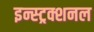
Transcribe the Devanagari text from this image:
इन्स्ट्रक्शनल